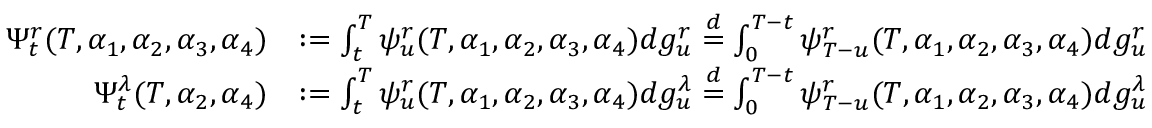
\begin{array} { r l } { \Psi _ { t } ^ { r } ( T , \alpha _ { 1 } , \alpha _ { 2 } , \alpha _ { 3 } , \alpha _ { 4 } ) } & { : = \int _ { t } ^ { T } \psi _ { u } ^ { r } ( T , \alpha _ { 1 } , \alpha _ { 2 } , \alpha _ { 3 } , \alpha _ { 4 } ) d g _ { u } ^ { r } \stackrel { d } { = } \int _ { 0 } ^ { T - t } \psi _ { T - u } ^ { r } ( T , \alpha _ { 1 } , \alpha _ { 2 } , \alpha _ { 3 } , \alpha _ { 4 } ) d g _ { u } ^ { r } } \\ { \Psi _ { t } ^ { \lambda } ( T , \alpha _ { 2 } , \alpha _ { 4 } ) } & { : = \int _ { t } ^ { T } \psi _ { u } ^ { r } ( T , \alpha _ { 1 } , \alpha _ { 2 } , \alpha _ { 3 } , \alpha _ { 4 } ) d g _ { u } ^ { \lambda } \stackrel { d } { = } \int _ { 0 } ^ { T - t } \psi _ { T - u } ^ { r } ( T , \alpha _ { 1 } , \alpha _ { 2 } , \alpha _ { 3 } , \alpha _ { 4 } ) d g _ { u } ^ { \lambda } } \end{array}